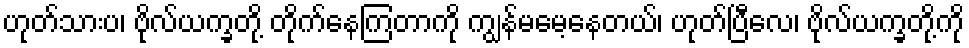
ဟုတ်သားပ၊ ဗိုလ်ယက္ခတို့ တိုက်နေကြတာကို ကျွန်မမေ့နေတယ်၊ ဟုတ်ပြီလေ၊ ဗိုလ်ယက္ခတို့ကို